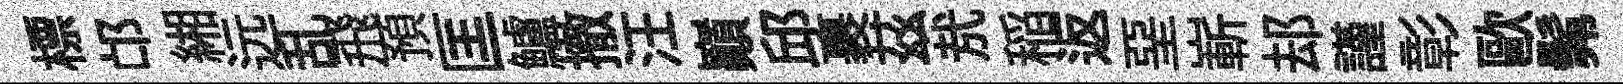
標邙緗远乱飛預匡鱸撤汪巔邱裹茲㢤稲返堊嶄𨚫謹彰歐髴